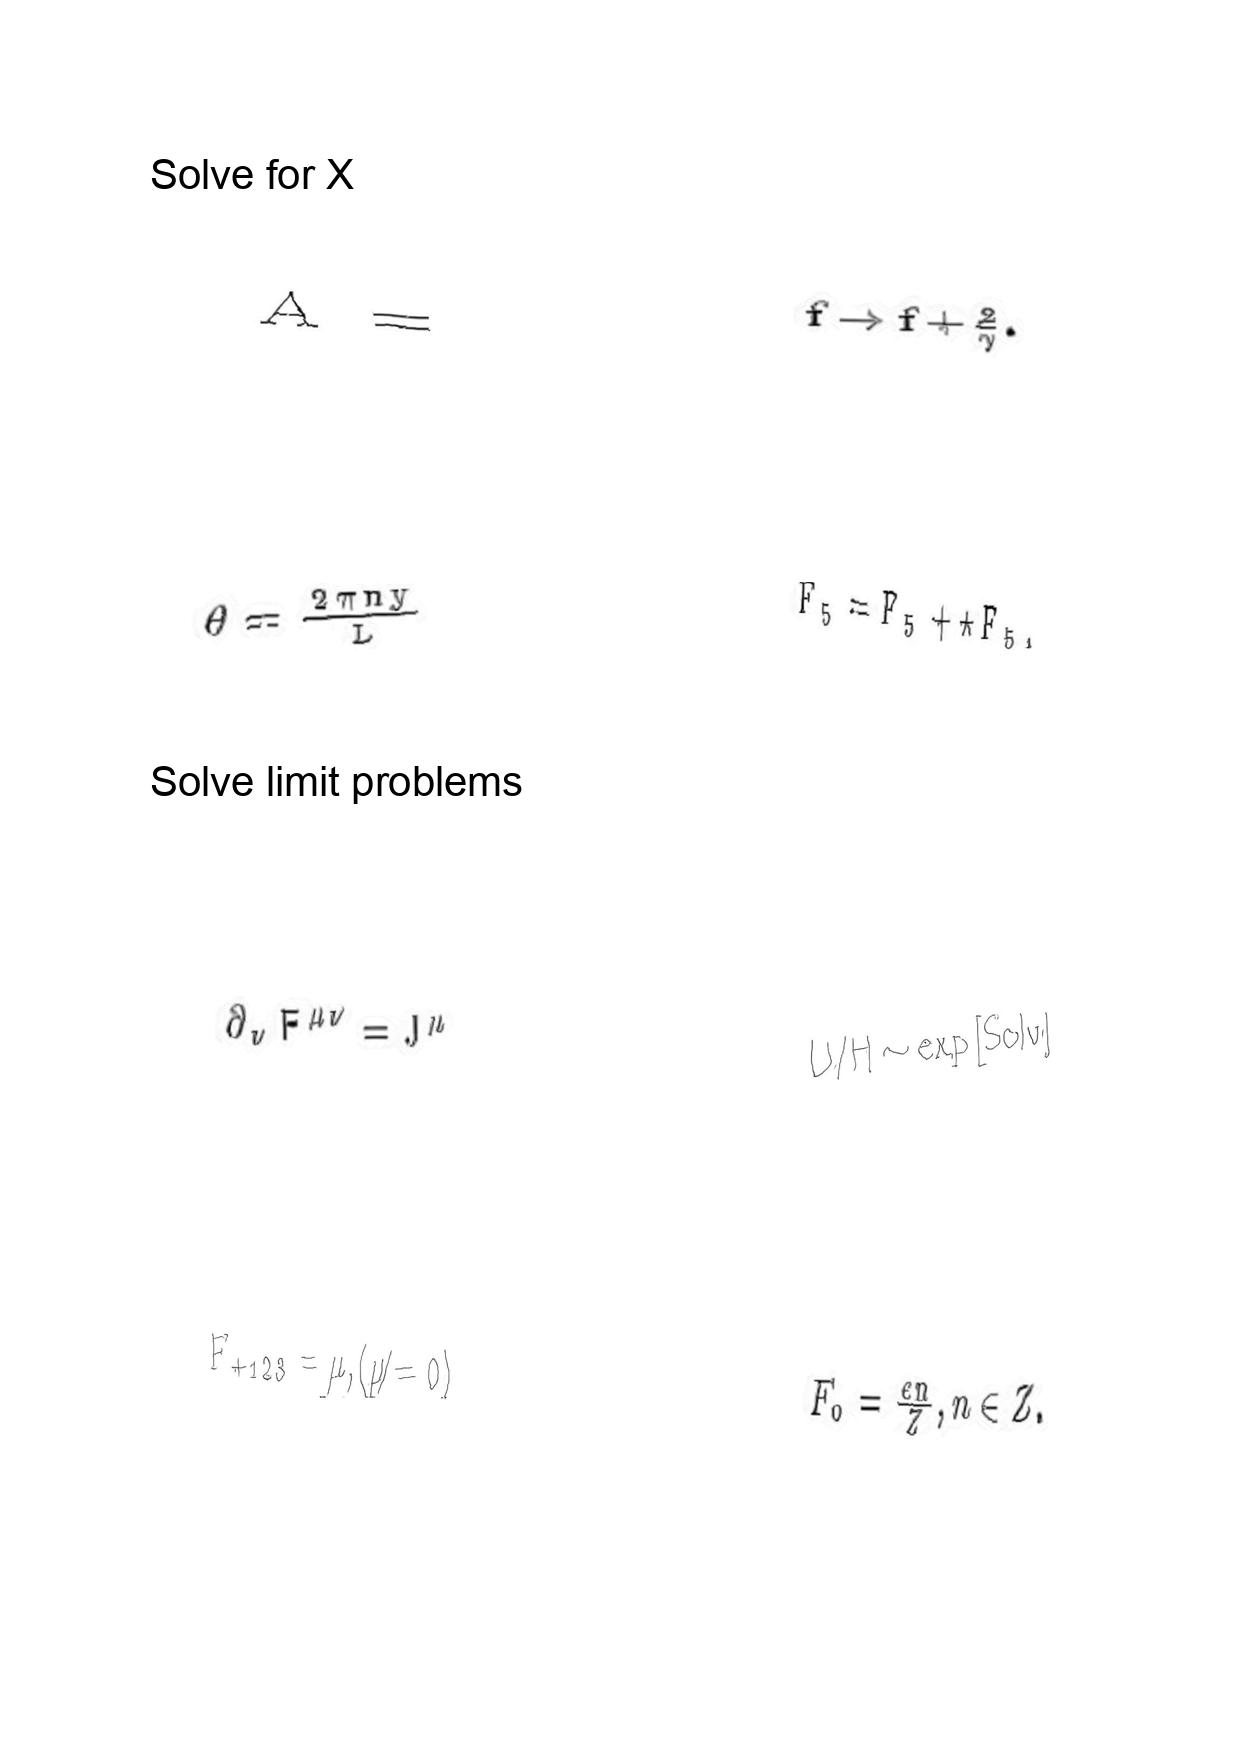
LaTeX transcription:
A =
\theta = \frac { 2 \pi n y } { L }
\partial _ { \nu } F ^ { \mu \nu } = J ^ { \mu }
F _ { + 1 2 3 } = \mu , \lparen \mu \neq 0 \rparen
f \rightarrow f + \frac { 2 } { \gamma } .
F _ { 5 } = F _ { 5 } + \star F _ { 5 } ,
U / H \sim \exp \lbrack S o l v \rbrack
F _ { 0 } = \frac { e n } { Z } , n \in Z .